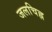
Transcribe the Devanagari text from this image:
जलचिह्न